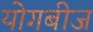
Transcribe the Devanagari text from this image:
योगबीज